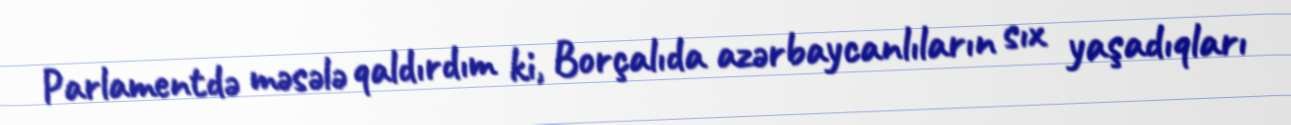
Parlamentdə məsələ qaldırdım ki, Borçalıda azərbaycanlıların sıx yaşadıqları